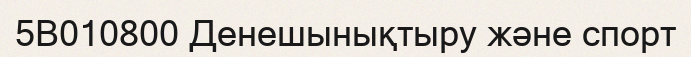
5В010800 Денешынықтыру және спорт